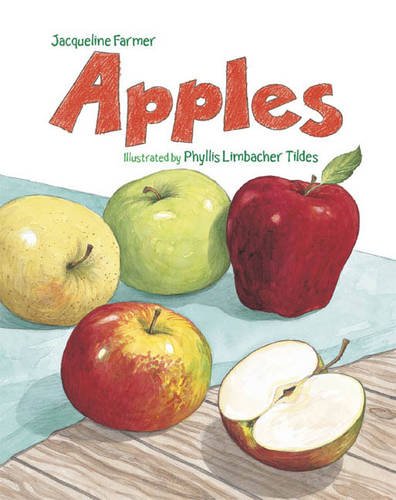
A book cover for Apples; Jacqueline Farmer; Children's Books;